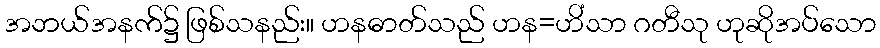
အဘယ်အနက်၌ ဖြစ်သနည်း။ ဟနဓာတ်သည် ဟန=ဟိံသာ ဂတီသု ဟုဆိုအပ်သော